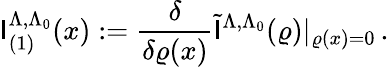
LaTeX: \mathsf{I}_{(1)}^{\Lambda,\Lambda_{0}}(x):=\frac{{\delta}}{{\delta\varrho(x)}}\tilde{{\mathsf{I}}}^{\Lambda,\Lambda_{0}}(\varrho)|_{\varrho(x)=0}\, .